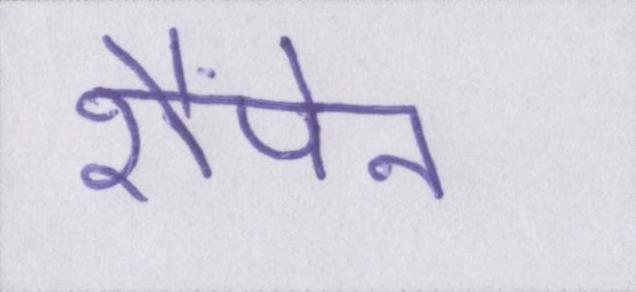
शैंपेंन